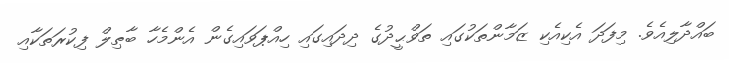
ބައްދާލިއެވެ. މިފަދަ އެކިއެކި ޒަމާންތަކުގައި ތަވްޙީދުގެ ދިދައިގައި ހިއްޕަވައިގެން އެންމެހާ ބާޠިލް ފިކުރަތަކާއި